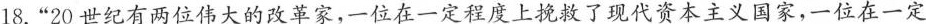
18.”20世纪有两位伟大的改革家，一位在一定程度上挽救了现代资本主义国家，一位在一定